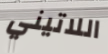
اللاتيني